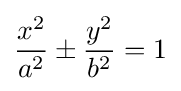
{\frac {x^{2}}{a^{2}}}\pm {\frac {y^{2}}{b^{2}}}=1